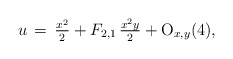
\begin{align*}u\,=\,\tfrac{x^2}{2} +F_{2,1}\,\tfrac{x^2y}{2}+{\rm O}_{x,y}(4),\end{align*}